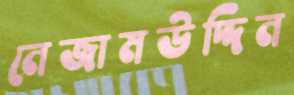
নেজামউদ্দিন